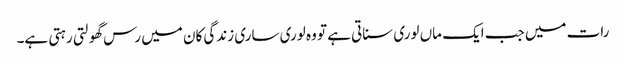
رات میں جب ایک ماں لوری سناتی ہے تو وہ لوری ساری زندگی کان میں رس گھولتی رہتی ہے۔